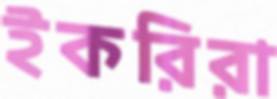
ইকরিরা